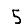
Digit: 5